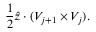
\frac { 1 } { 2 } \hat { z } \cdot ( V _ { j + 1 } \times V _ { j } ) .